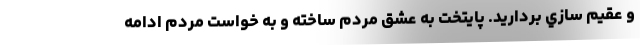
و عقيم سازي برداريد. پايتخت به عشق مردم ساخته و به خواست مردم ادامه